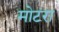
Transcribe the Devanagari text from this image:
मोटरा